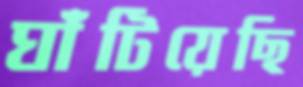
ঘাঁটিয়েছি